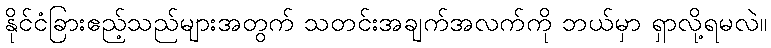
နိုင်ငံခြားဧည့်သည်များအတွက် သတင်းအချက်အလက်ကို ဘယ်မှာ ရှာလို့ရမလဲ။